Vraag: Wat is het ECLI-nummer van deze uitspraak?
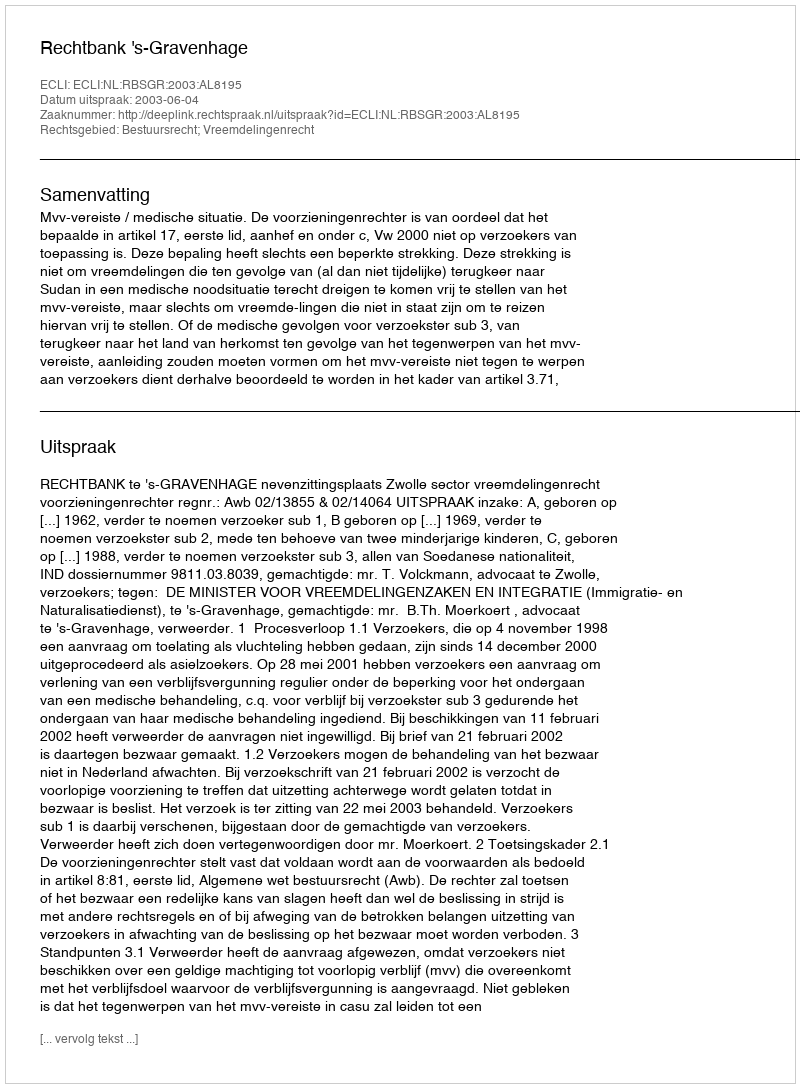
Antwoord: ECLI:NL:RBSGR:2003:AL8195